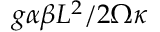
g \alpha \beta L ^ { 2 } / 2 \Omega \kappa